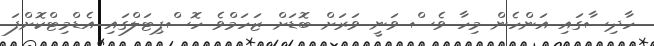
ހާދިސާގައި އަންހެން މިހާ ވެސް ވަނީ ވަރަށް ބޮޑަށް ޒަހަމްވެ ހޮސްޕިޓަލްގައި އެޑްމިޓްކޮށްފަ